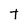
Character: t